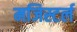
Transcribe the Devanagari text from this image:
मजिस्टर्ल